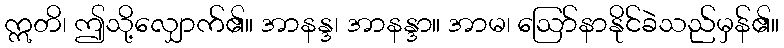
ဣတိ၊ ဤသို့လျှောက်၏။ အာနန္ဒ၊ အာနန္ဒာ။ အာမ၊ ဩော်နာနိုင်ခဲသည်မှန်၏။